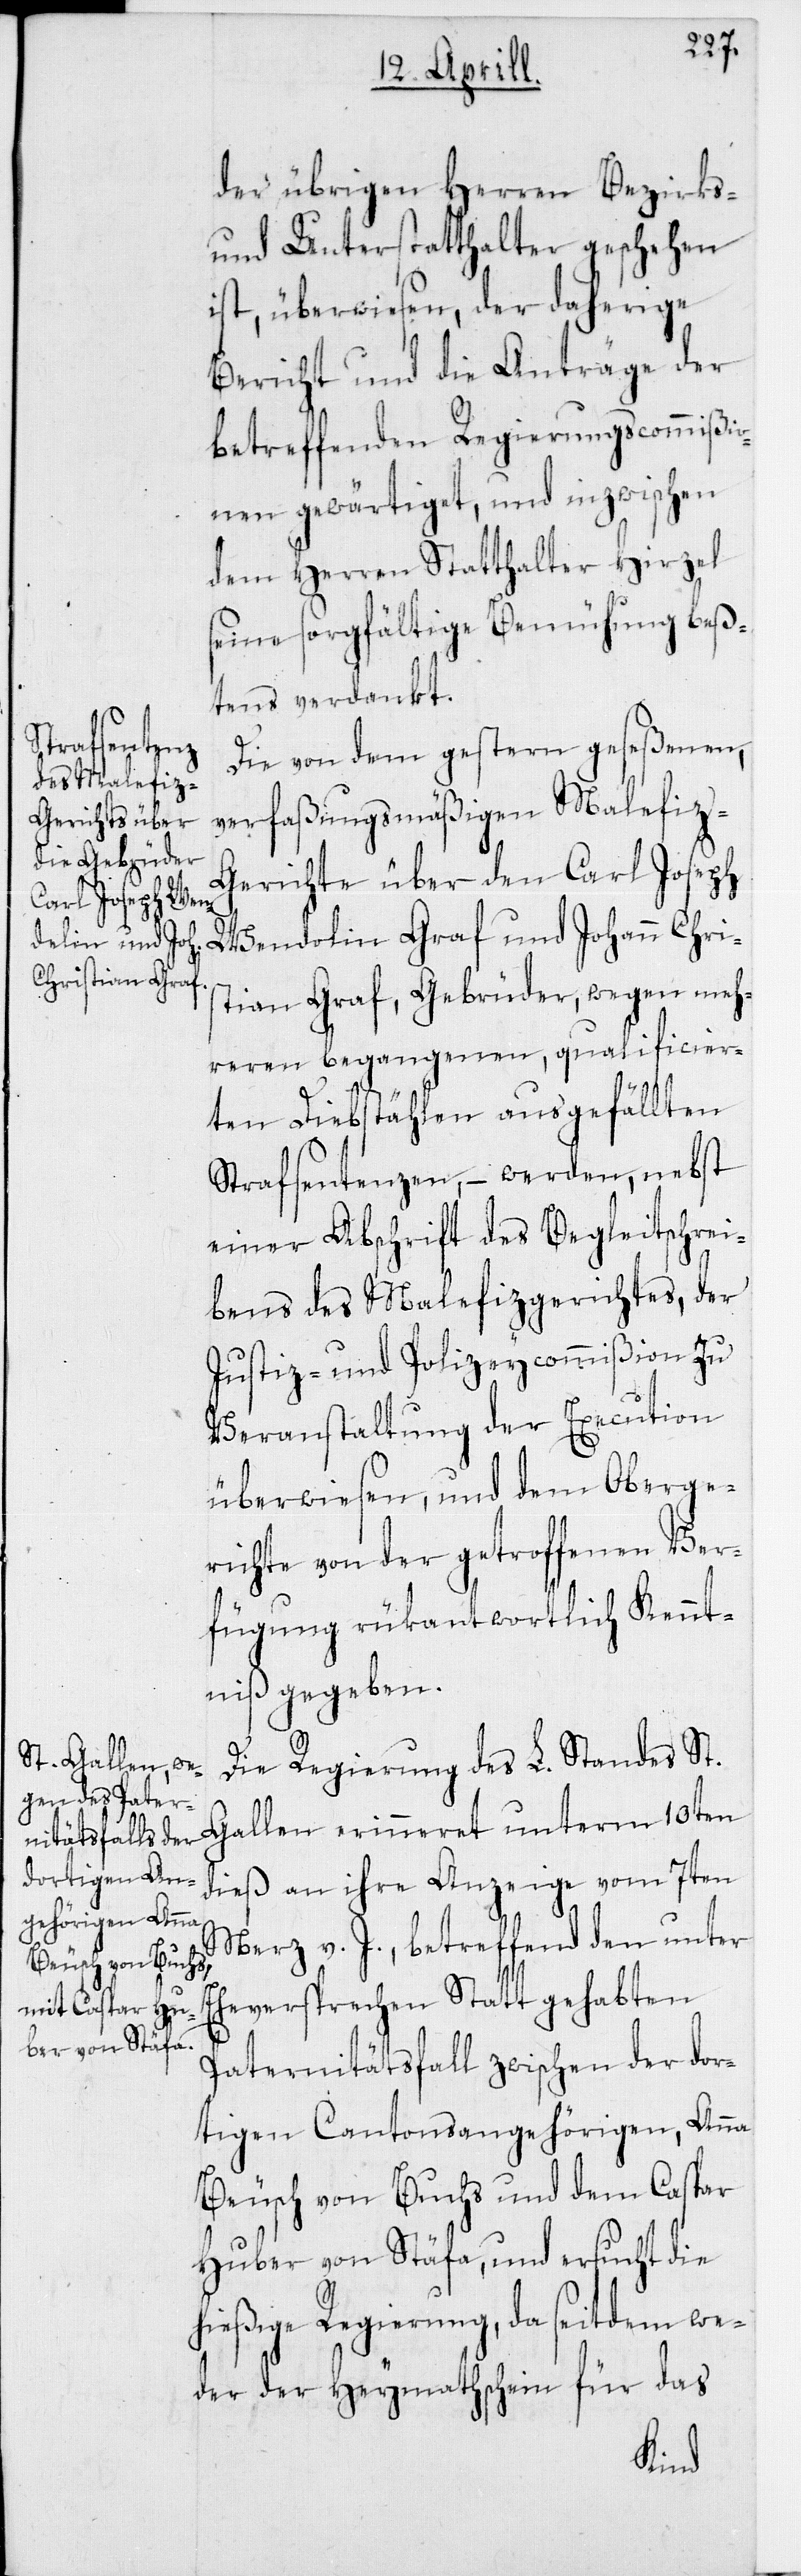
der übrigen Herren Bezirks-
und Unterstatthalter geschehen
ist, überwiesen, der daherige
Bericht und die Anträge der
betreffenden Regierungscommißio¬
nen gewärtiget, und inzwischen
dem Herren Statthalter Hirzel
seine sorgfältige Bemühung beß¬
tens verdankt.
Die von dem gestern geseßenen,
verfaßungsmäßigen Malefiz-G¬
erichte über den Carl Joseph
Wendelin Graf und Johann Chris¬
tian Graf, Gebrüder, wegen meh¬
reren begangenen, qualificier¬
ten Diebstählen ausgefällten
Strafsentenzen, – werden, nebst
einer Abschrift des Begleitschrei¬
bens des Malefizgerichtes, der
Justiz- und Polizeycommißion zu
Veranstaltung der Execution
überwiesen, und dem Oberge¬
richte von der getroffenen Ver¬
fügung rükantwortlich Kennt¬
niß gegeben.
Die Regierung des L. Standes St.
Gallen erinneret unterm 10ten
dieß an ihre Anzeige vom 7ten
Merz v. J., betreffend den unter
Eheversprechen Statt gehabten
Paternitätsfall zwischen der dor¬
tigen Cantonsangehörigen, Anna
Beusch von Buchs und dem Caspar
Huber von Stäfa, und ersucht die
hießige Regierung, da seitdem we¬
der der Heymathschein für das